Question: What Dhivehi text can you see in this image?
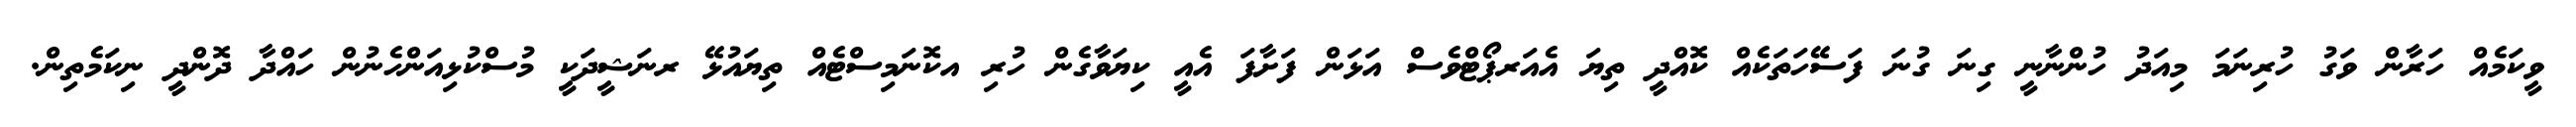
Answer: ވީކަމެއް ހަރާން ވަގު ހުރިނަމަ މިއަދު ހުންނާނީ ގިނަ ގުނަ ފަސޭހަތަކެއް ކޮއްދީ ތިޔަ އެއަރޕޯޓްވެސް އަޅަން ފަށާފަ އެއީ ކިޔަވާގެން ހުރި އކޮނަމިސްޓެއް ތިޔައުޅޭ ރނަޝީދަކީ މުސްކުޅިއަންހެނުން ހައްދާ ދޮންދީ ނިކަމެތިން.